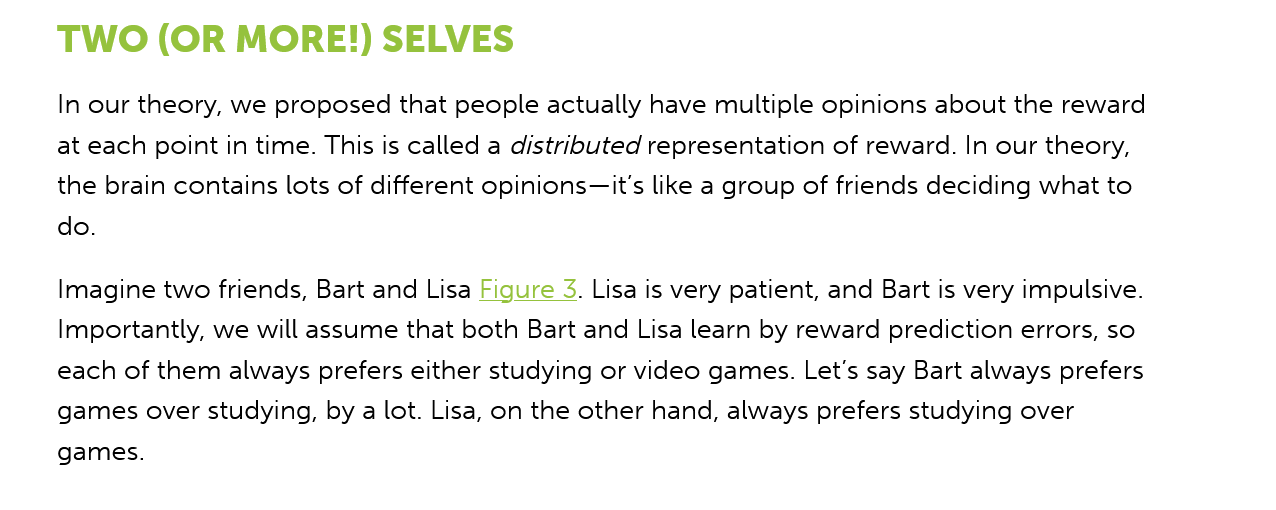
TWO    (OR   MORE!)    SELVES
     In our theory, we proposed that people actually have multiple opinions about the reward
     at each point in time. This is called a distributed representation of reward. In our theory,
     the brain contains lots of different opinions—it's like a group of friends deciding what to
     do.
     Imagine two friends, Bart and Lisa Figure
     3.
     Lisa is very patient, and Bart is very impulsive.
     Importantly, we will assume that both Bart and Lisa learn by reward prediction errors, so
     each of them always prefers either studying or video games. Let's say Bart always prefers
     games over studying, by a lot. Lisa, on the other hand, always prefers studying over
     games.